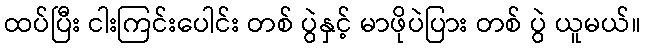
ထပ်ပြီး ငါးကြင်းပေါင်း တစ် ပွဲနှင့် မာဖိုပဲပြား တစ် ပွဲ ယူမယ်။